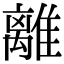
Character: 離